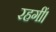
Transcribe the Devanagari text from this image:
रहगीं।